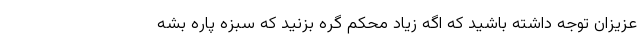
عزیزان توجه داشته باشید که اگه زیاد محکم گره بزنید که سبزه پاره بشه